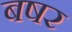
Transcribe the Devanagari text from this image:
बषर